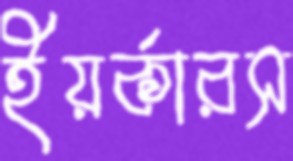
ইয়র্কারস